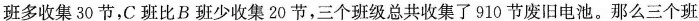
班多收集30节，C班比B班少收集20节，三个班级总共收集了910节废旧电池。那么三个班